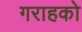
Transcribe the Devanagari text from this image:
गराहको